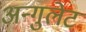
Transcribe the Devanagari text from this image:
अन्गुलेट